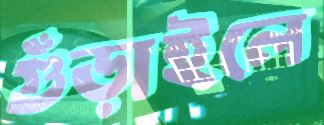
গুঁড়াইলে